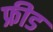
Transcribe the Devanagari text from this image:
फ्रीड